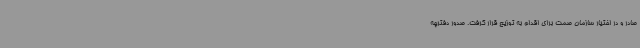
صادر و در اختیار سازمان صمت برای اقدام به توزیع قرار گرفت. صدور دفترچه